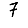
Digit: 7